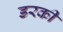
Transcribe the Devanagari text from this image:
डरकी